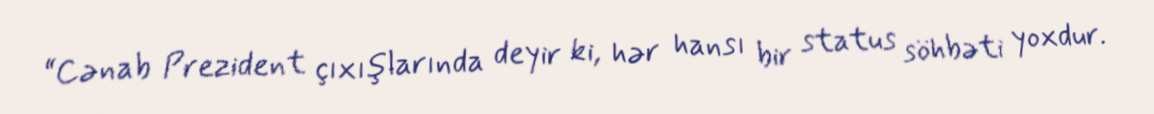
“Cənab Prezident çıxışlarında deyir ki, hər hansı bir status söhbəti yoxdur.